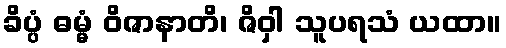
ခိပ္ပံ ဓမ္မံ ဝိဇာနာတိ၊ ဇိဝှါ သူပရသံ ယထာ။